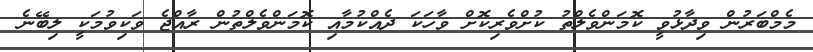
މެމްބަރުން ވިދާޅުވީ ކޮމަންވެލްތު ކުށްވެރިކޮށް ވާހަކަ ދެއްކުމާއި ކޮމަންވެލްތުން ރާއްޖެ ވަކިވުމަކީ ލިބޭނެ